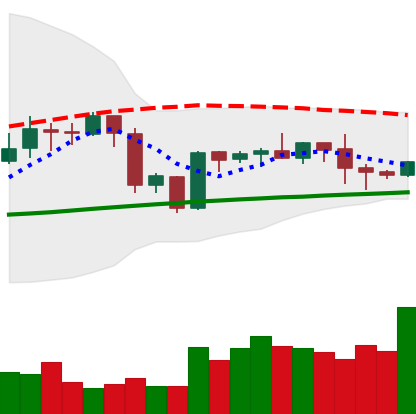
Ticker: BTC-USD
Chart end date: 2020-10-04
Forward return: 3.701%
Label: up_3_5